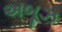
અબૂઝ